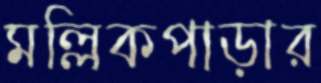
মল্লিকপাড়ার